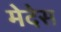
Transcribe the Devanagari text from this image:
मेदेस